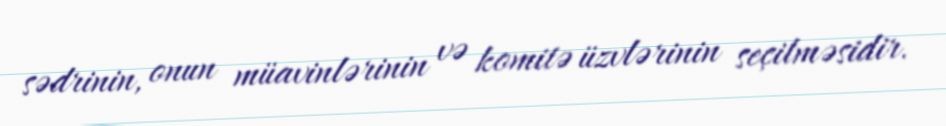
sədrinin, onun müavinlərinin və komitə üzvlərinin seçilməsidir.